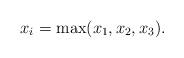
LaTeX: \begin{align*}x_i=\max(x_1,x_2,x_3).\end{align*}